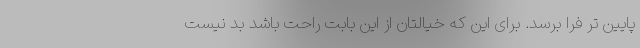
پایین تر فرا برسد. برای این که خیالتان از این بابت راحت باشد بد نیست